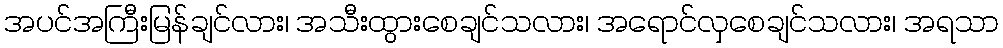
အပင်အကြီးမြန်ချင်လား၊ အသီးထွားစေချင်သလား၊ အရောင်လှစေချင်သလား၊ အရသာ